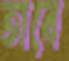
তাবে